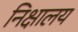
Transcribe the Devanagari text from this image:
निक्षालय